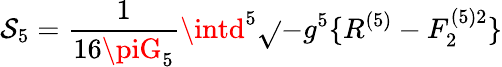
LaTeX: \mathcal{S}_{5}=\frac{{1}}{{16\piG_{5}}}\intd^{5}\sqrt{}{{-g^{5}}}\{ R^{(5)}-F_{2}^{(5)2}\}